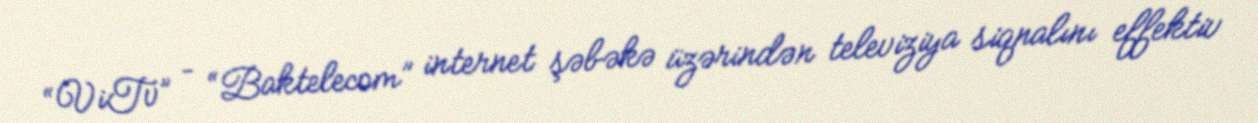
“ViTv” – “Baktelecom” internet şəbəkə üzərindən televiziya siqnalını effektiv